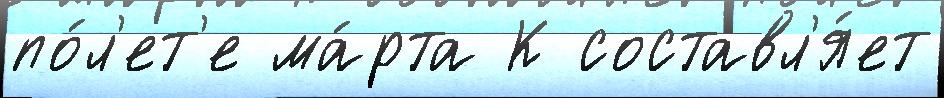
по́л'ет'е ма́рта К составл'я́ет